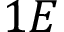
1 E